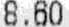
8.60